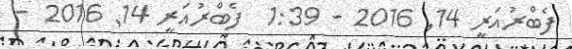
ފެބްރުއަރީ 14